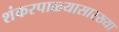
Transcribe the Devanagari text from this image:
शंकरपाळ्यासारख्या